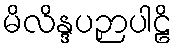
မိလိန္ဒပဉှာပါဠိ